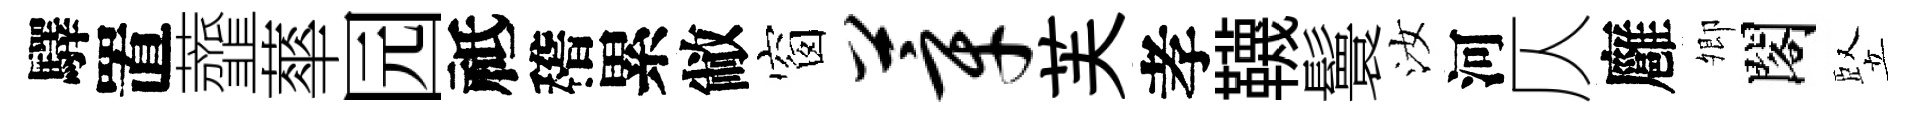
驛置虀蕐园祗稽累敝窗莘芙孝韈鬟汝河仄廱𡖖閣竪